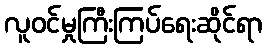
လူဝင်မှုကြီးကြပ်ရေးဆိုင်ရာ